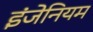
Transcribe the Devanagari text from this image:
इंजेनियम